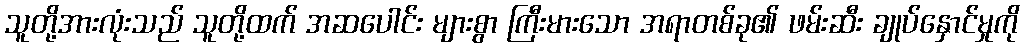
သူတို့အားလုံးသည် သူတို့ထက် အဆပေါင်း များစွာ ကြီးမားသော အရာတစ်ခု၏ ဖမ်းဆီး ချုပ်နှောင်မှုကို